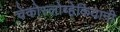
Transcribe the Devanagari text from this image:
चेकोस्लोव्हेकियानी